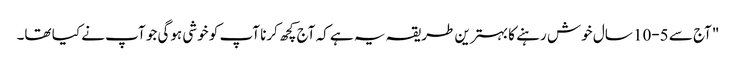
"آج سے 5-10 سال خوش رہنے کا بہترین طریقہ یہ ہے کہ آج کچھ کرنا آپ کو خوشی ہوگی جو آپ نے کیا تھا۔